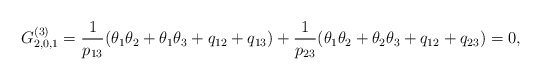
\begin{gather*} G_{2,0,1}^{(3)}= {1 \over p_{13}} (\theta_1 \theta_2 +\theta_1 \theta_3+q_{12}+q_{13} )+{1 \over p_{23}} (\theta_1 \theta_2+ \theta_2 \theta_3 +q_{12}+q_{23} ) =0,\end{gather*}